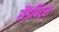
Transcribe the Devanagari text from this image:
सैंडपिट्स